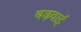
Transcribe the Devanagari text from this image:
बढ़वाई